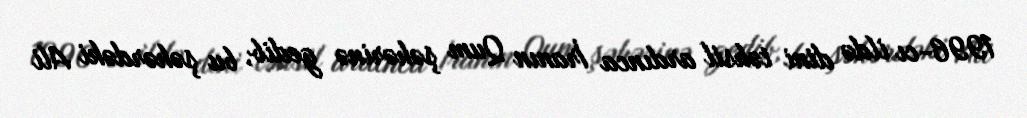
1996-cı ildə dini təhsil ardınca İranın Qum şəhərinə gedib, bu şəhərdəki Ali